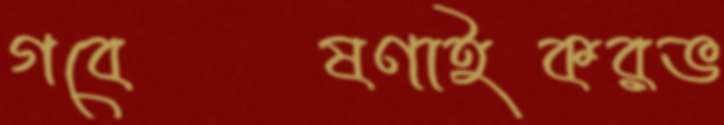
গবেষণাইকরভ